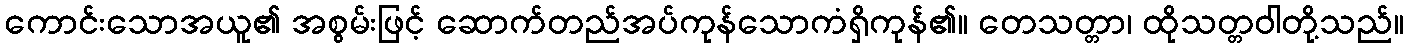
ကောင်းသောအယူ၏ အစွမ်းဖြင့် ဆောက်တည်အပ်ကုန်သောကံရှိကုန်၏။ တေသတ္တာ၊ ထိုသတ္တဝါတို့သည်။